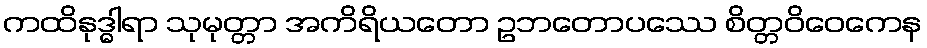
ကထိနုဒ္ဓါရာ သုမုတ္တာ အကိရိယတော ဥဘတောပဿေ စိတ္တဝိဝေကေန